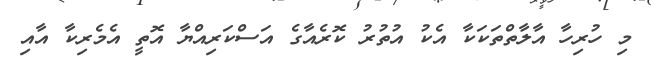
މި ހުރިހާ އާލާތްތަކަކާ އެކު އުތުރު ކޮރެއާގެ އަސްކަރިއްޔާ އޮތީ އެމެރިކާ އާއި